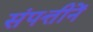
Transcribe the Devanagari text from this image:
संपत्तीनें